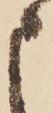
申